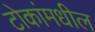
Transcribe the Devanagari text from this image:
टोकांमधील